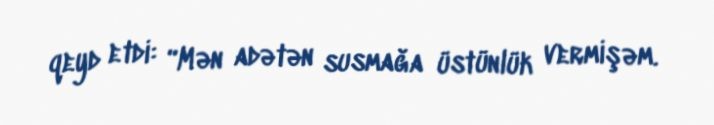
qeyd etdi: “Mən adətən susmağa üstünlük vermişəm.